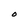
Character: O